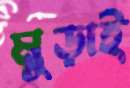
মুড়াই